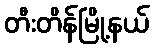
တီးတိန်မြို့နယ်